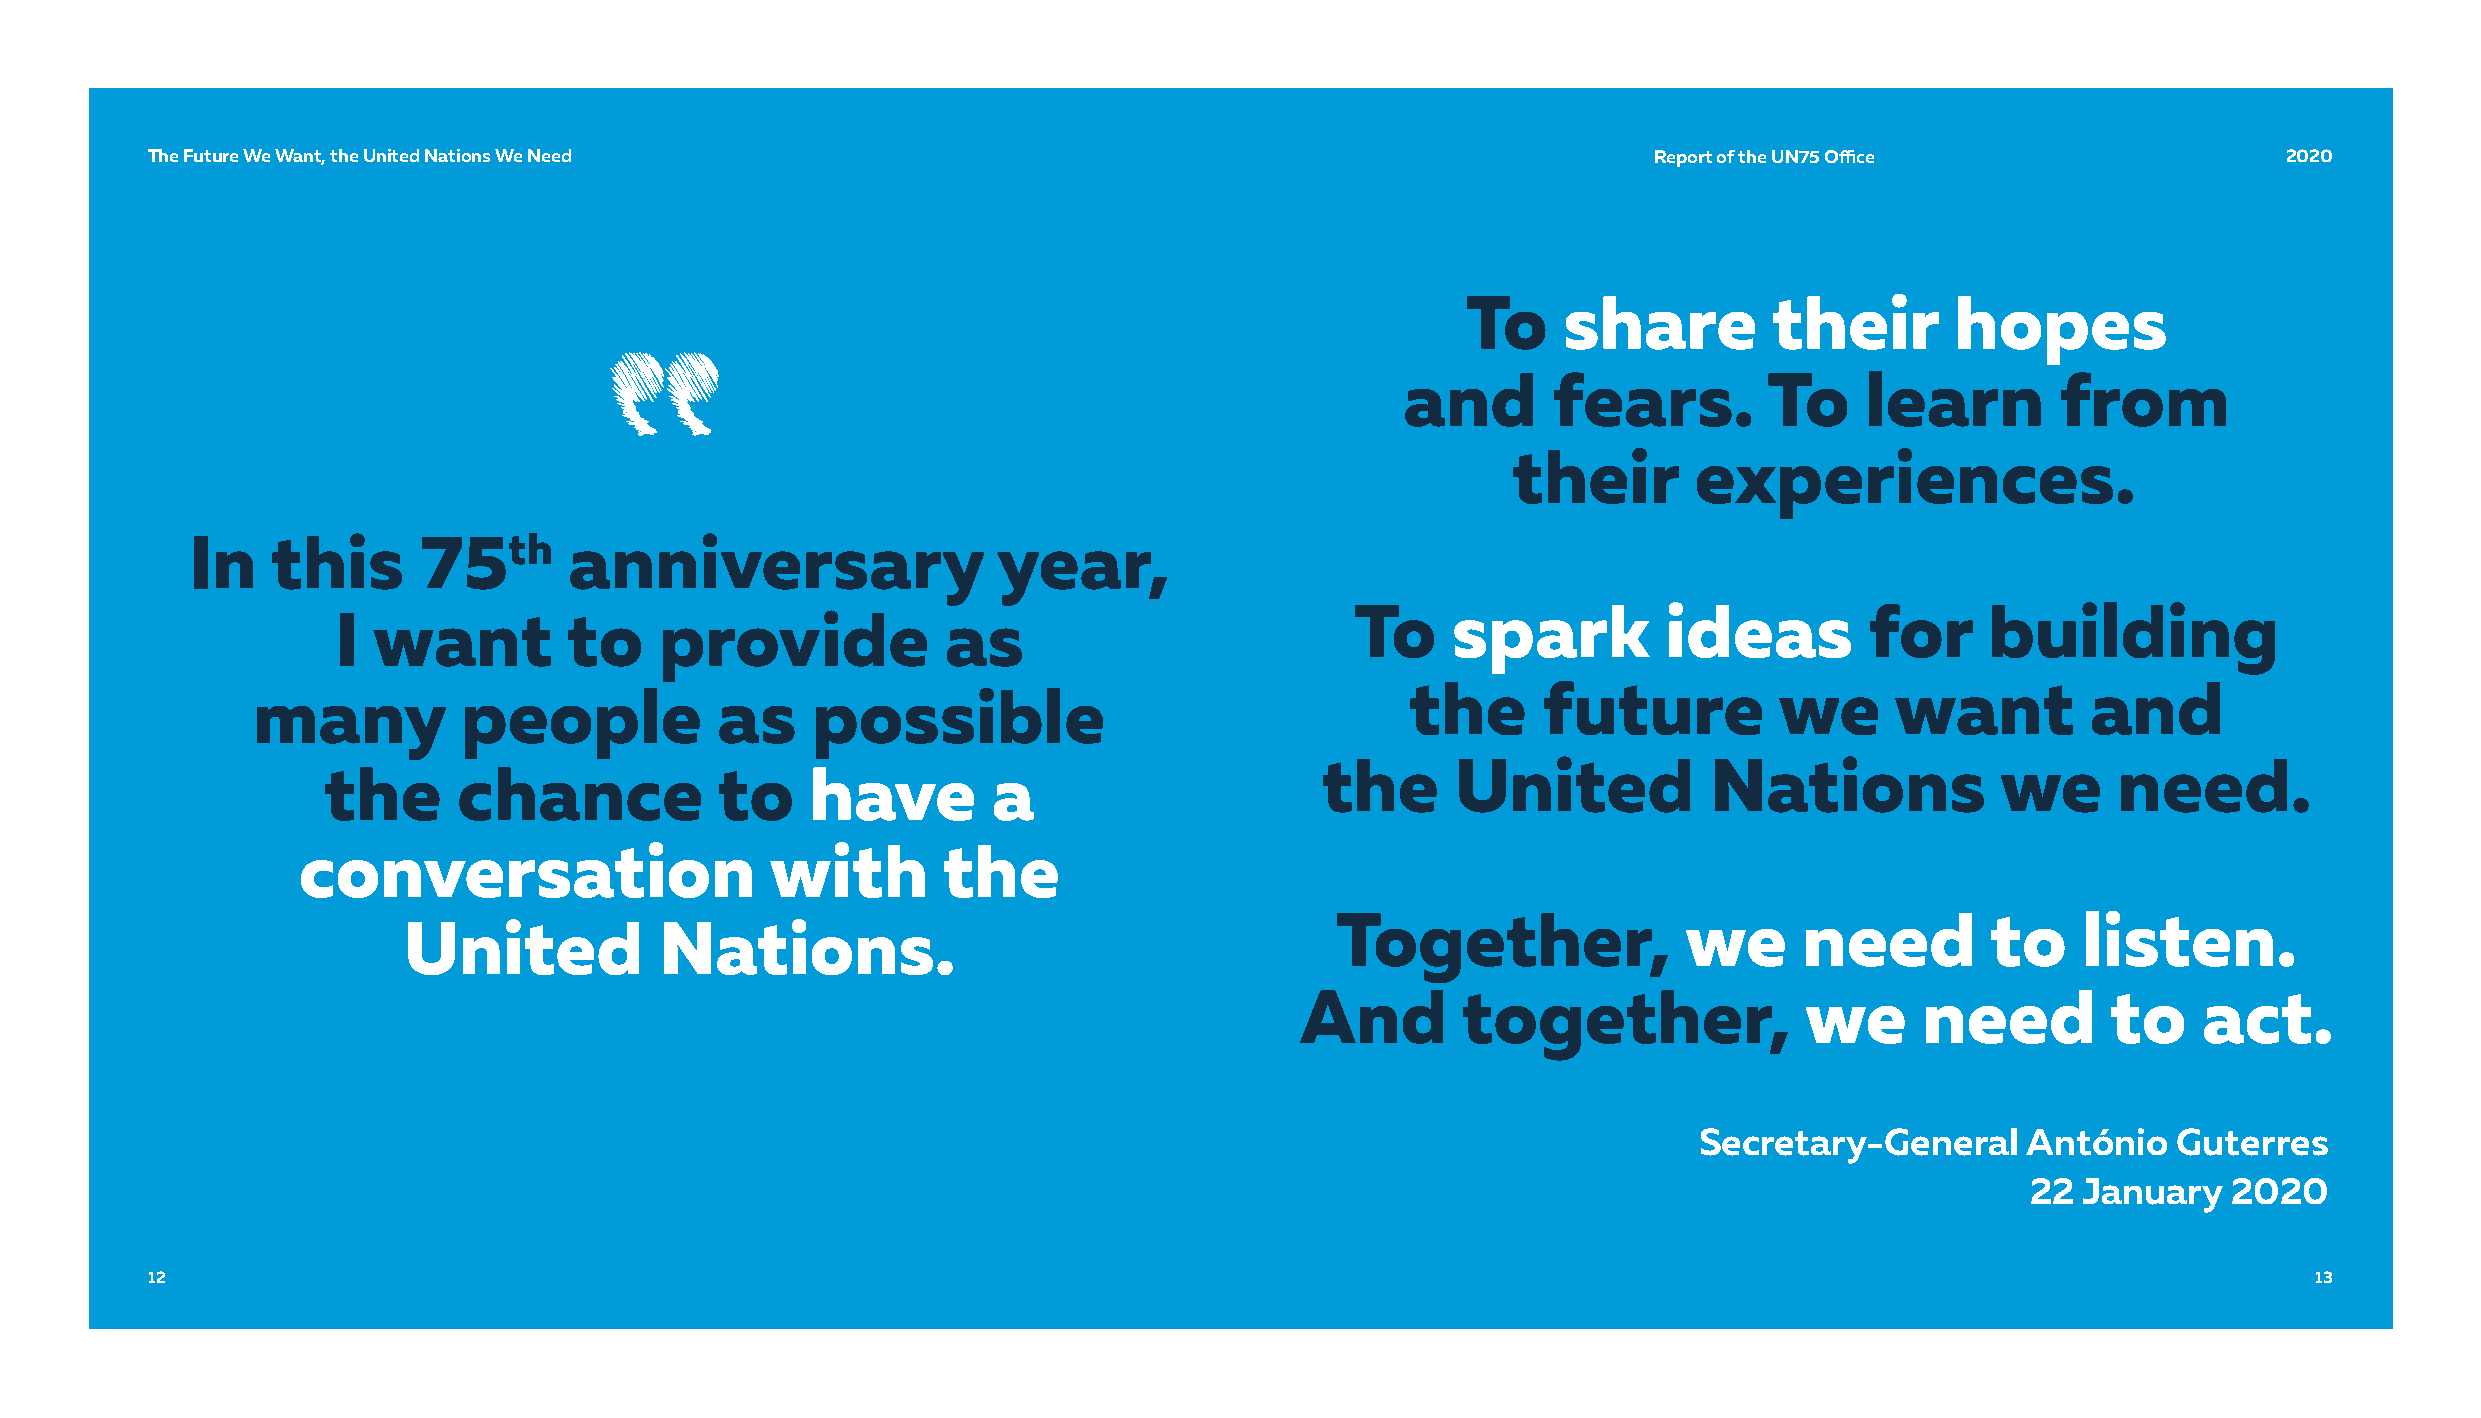
TThhee FFuuttuurree WWee WWaanntt,, tthhee UUnniitteedd NNaattiioonnss WWee NNeeeedd               RReeppoorrtt ooff tthhee UUNN7755 OOffifficcee 22002200
 To     share         their       hopes
 and       fears.        To    learn        from
 their       experiences.
 In    this      75th      anniversary                 year,
 To     spark         ideas        for     building
 I  want         to    provide            as
 the      future          we     want         and
 many          people          as     possible
 the      United           Nations            we      need.
 the      chance            to    have        a
 conversation                   with       the
 Together,               we     need         to    listen.
 United           Nations.
 And        together,             we      need         to    act.
 Secretary-General     António   Guterres
 22  January   2020
 1122                                                                                                                                           1133